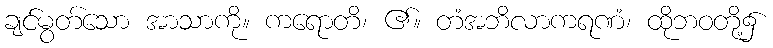
ချင်မွတ်သော အာသာကို။ ကရောတိ၊ ၏။ တံအဘိလာကရဏံ၊ ထိုဘဝတို့၌